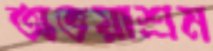
অভয়াশ্রম